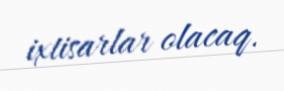
ixtisarlar olacaq.